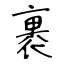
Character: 裹